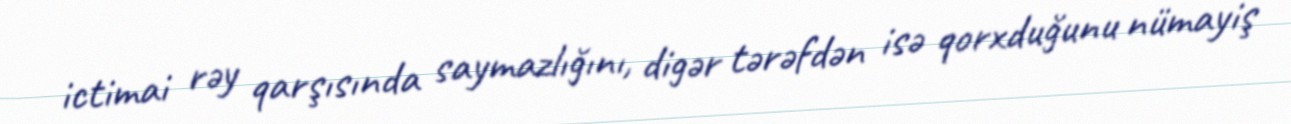
ictimai rəy qarşısında saymazlığını, digər tərəfdən isə qorxduğunu nümayiş